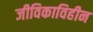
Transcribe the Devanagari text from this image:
जीविकाविहीन